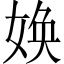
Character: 㛟